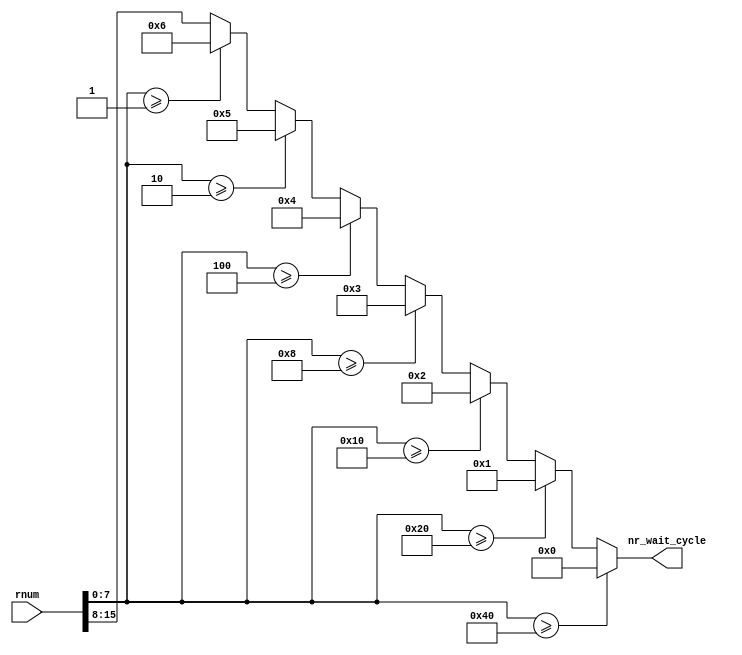
module calc_nr_wait_cycle(rnum, nr_wait_cycle);
input [31:0] rnum;
output reg [7:0] nr_wait_cycle;
always @(rnum) begin :body
  reg [7:0] n;
  n = rnum[7:0];
  if (n >= 64) begin
    nr_wait_cycle = 0;
  end else if (n >= 32) begin
    nr_wait_cycle = 1;
  end else if (n >= 16) begin
    nr_wait_cycle = 2;
  end else if (n >= 8) begin
    nr_wait_cycle = 3;
  end else if (n >= 4) begin
    nr_wait_cycle = 4;
  end else if (n >= 2) begin
    nr_wait_cycle = 5;
  end else if (n >= 1) begin
    nr_wait_cycle = 6;
  end else begin
    nr_wait_cycle = rnum[15:8];
  end
end
endmodule